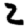
Digit: 2